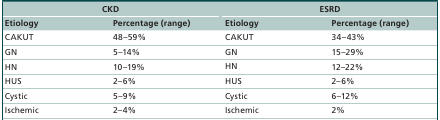
<table><thead><tr><td colspan="2"><b>CKD</b></td><td colspan="2"><b>ESRD</b></td></tr><tr><td><b>Etiology</b></td><td><b>Percentage (range)</b></td><td><b>Etiology</b></td><td><b>Percentage (range)</b></td></tr></thead><tbody><tr><td>CAKUT</td><td>48–59%</td><td>CAKUT</td><td>34–43%</td></tr><tr><td>GN</td><td>5–14%</td><td>GN</td><td>15–29%</td></tr><tr><td>HN</td><td>10–19%</td><td>HN</td><td>12–22%</td></tr><tr><td>HUS</td><td>2–6%</td><td>HUS</td><td>2–6%</td></tr><tr><td>Cystic</td><td>5–9%</td><td>Cystic</td><td>6–12%</td></tr><tr><td>Ischemic</td><td>2–4%</td><td>Ischemic</td><td>2%</td></tr></tbody></table>